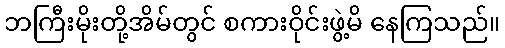
ဘကြီးမိုးတို့အိမ်တွင် စကားဝိုင်းဖွဲ့မိ နေကြသည်။